Report of the Indian Hemp Drugs Commission, 1894-1895 - Volume VI
Year: 1894
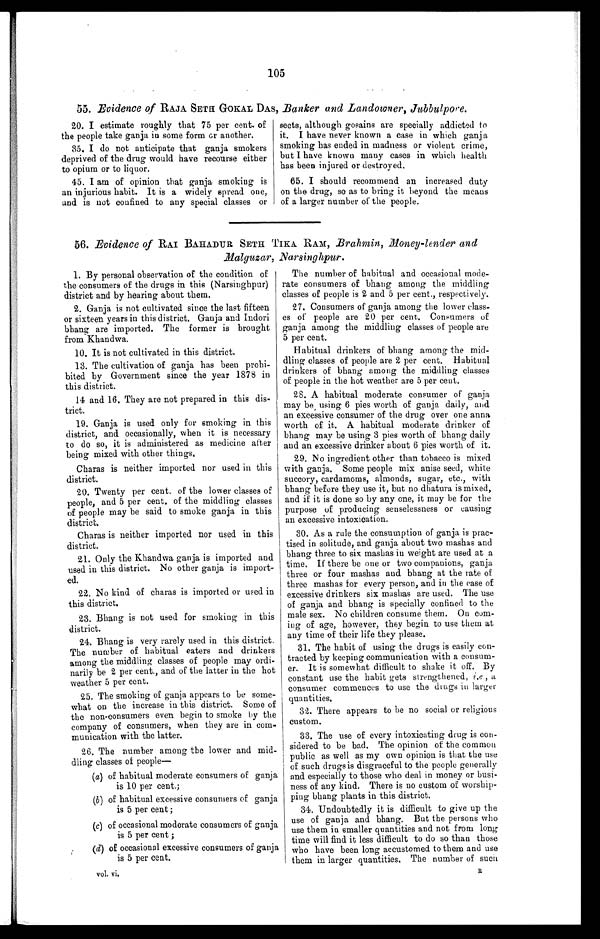
105
55. Evidence of RAJA SETH GOKAL DAS, Banker and Landowner, Jubbulpore.
20. I estimate roughly that 75 per cent. of
the people take ganja in some form or another.
35. I do not anticipate that ganja smokers
deprived of the drug would have recourse either
to opium or to liquor.
45. I am of opinion that ganja smoking is
an injurious habit. It is a widely spread one,
and is not confined to any special classes or
sects, although gosains are specially addicted to
it. I have never known a case in which ganja
smoking has ended in madness or violent crime,
but I have known many cases in which health
has been injured or destroyed.
65. I should recommend an increased duty
on the drug, so as to bring it beyond the means
of a larger number of the people.
56. Evidence of RAI BAHADUR SETH TIKA RAM, Brahmin, Money-lender and
Malguzar, Narsinghpur.
1. By personal observation of the condition of
the consumers of the drugs in this (Narsinghpur)
district and by hearing about them.
2. Ganja is not cultivated since the last fifteen
or sixteen years in this district. Ganja and Indori
bhang are imported. The former is brought
from Khandwa.
10. It is not cultivated in this district.
13. The cultivation of ganja has been prohi
- b i t e d b y G o v e r n m e n t s i n c e t h e y e a r 1 8 7 8 i n
this district.
14 and 16. They are not prepared in this dis
- t r i c t .
19. Ganja is used only for smoking in this
district, and occasionally, when it is necessary
to do so, it is administered as medicine after
being mixed with other things.
Charas is neither imported nor used in this
district.
20. Twenty per cent. of the lower classes of
peopl e, and 5 per cent . of t he mi ddl i ng cl asses
of people may be said to smoke ganja in this
district.
Charas is neither imported nor used in this
district.
21. Only the Khandwa ganja is imported and
used in this district. No other ganja is import
- e d .
22. No kind of charas is imported or used in
this district.
23. Bhang is not used for smoking in this
district.
24. Bhang is very rarely used in this district.
The number of habitual eaters and drinkers
among the middling classes of people may ordi
- n a r i l y b e 2 p e r c e n t . , a n d o f t h e l a t t e r i n t h e h o t
weather 5 per cent.
v o l . v i .
25. The smoking of ganja appears to be some
- w h a t o n t h e i n c r e a s e i n t h i s d i s t r i c t . S o m e o f
the non consumers even begin to smoke by the
company of consumers, when they are in com
- m u n i c a t i o n w i t h t h e l a t t e r .
26. The number among the lower and mid
dling classes of people—
(a) of habitual moderate consumers of ganja
is 10 per cent.;
(b) of habitual excessive consumers of ganja
is 5 per cent;
(c) of occasional moderate consumers of ganja
is 5 per cent ;
(d) of occasional excessive consumers of ganja
is 5 per cent.
The number of habitual and occasional mode
- r a t e c o n s u m e r s o f b h a n g a m o n g t h e m i d d l i n g
cl as s es of peopl e i s 2 and 5 per cent . , r es pect i vel y.
27. Consumers of ganja among the lower class
- e s o f p e o p l e a r e 2 0 p e r c e n t . C o n s u m e r s o f
ganja among the middling classes of people are
5 per cent.
Habitual drinkers of bhang among the mid
-dling classes of people are 2 per cent. Habitual
drinkers of bhang among the middling classes
of people in the hot weather are 5 per cent.
28. A habitual moderate consumer of ganja
may be using 6 pies worth of ganja daily, and
an excessive consumer of the drug over one anna
worth of it. A habitual moderate drinker of
bhang may be using 3 pies worth of bhang daily
and an excessive drinker about 6 pies worth of it.
29. No ingredient other than tobacco is mixed
with ganja. Some people mix anise seed, white
succory, cardamoms, almonds, sugar, etc., with
bhang before they use it, but no dhatura is mixed,
and if it is done so by any one, it may be for the
purpose of producing senselessness or causing
an excessive intoxication.
30. As a rule the consumption of ganja is prac
- t i s e d i n s o l i t u d e , a n d g a n j a a b o u t t w o m a s h a s a n d
bhang three to six mashas in weight are used at a
time. If there be one or two companions, ganja
three or four mashas and bhang at the rate of
three mashas for every person, and in the case of
excessive drinkers six mashas are used. The use
of ganja and bhang is specially confined to the
male sex. No children consume them. On com
- i n g o f a g e , h o w e v e r , t h e y b e g i n t o u s e t h e m a t
any time of their life they please.
31. The habit of using the drugs is easily con
-tracted by keeping communication with a consum
- e r . I t i s s o m e w h a t d i f f i c u l t t o s h a k e i t o f f . B y
constant use the habit gets strengthened, i.e., a
consumer commences to use the drugs in larger
quantities.
32. There appears to be no social or religious
custom.
33. The use of every intoxicating drug is con
- s i d e r e d t o b e b a d . T h e o p i n i o n o f t h e c o m m o n
public as well as my own opinion is that the use
of such drugs is disgraceful to the people generally
and especially to those who deal in money or busi
-ness of any kind. There is no custom of worship
- p i n g b h a n g p l a n t s i n t h i s d i s t r i c t .
34. Undoubtedly it is difficult to give up the
use of ganja and bhang. But the persons who
use them in smaller quantities and not from long
time will find it less difficult to do so than those
who have been long accustomed to them and use
them in larger quantities. The number of such R
vol. vi.